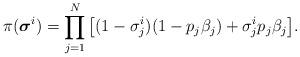
LaTeX: \begin{align*}\pi ({\boldsymbol{\sigma} ^i})=\prod\limits_{j = 1}^N {\left[ {(1 - \sigma _j^i)(1 - {p_j}{\beta_j}) + \sigma _j^i{p_j}{\beta_j}} \right]}.\end{align*}